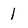
Character: 1